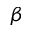
\beta